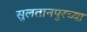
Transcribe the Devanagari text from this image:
सुलतानपुरच्या